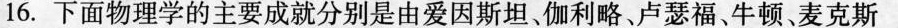
16.下面物理学的主要成就分别是由爱因斯坦、伽利略、卢瑟福、牛顿、麦克斯